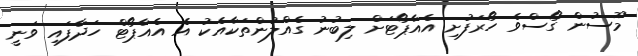
މޫސުން ގޯސްވެ ހޯރަފުށި އެއާޕޯޓަށް ލިބުނު ގެއްލުންތަކާއެކު އެ އެއާޕޯޓް ހަދާފައި ވަނީ